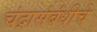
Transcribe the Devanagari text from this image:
चंद्रासंबंधीचे